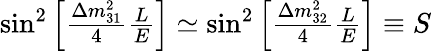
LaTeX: \begin{array}{c}{{\sin^{2}\left[{\frac{\Delta m_{31}^{2}}4}{\frac LE}\right]\simeq\sin^{2}\left[{\frac{\Delta m_{32}^{2}}4}{\frac LE}\right]\equiv S}}\end{array}